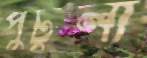
পুটুলী